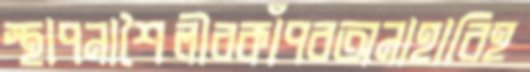
স্থাপনাশৈলীরকাঁপবঅনাহারিহ